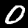
Label: 0